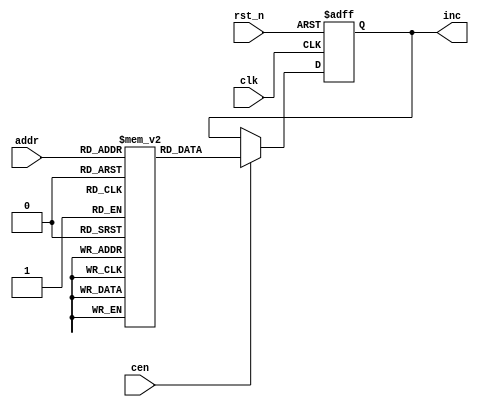
/* This file is part of JT12.


    JT12 program is free software: you can redistribute it and/or modify
    it under the terms of the GNU General Public License as published by
    the Free Software Foundation, either version 3 of the License, or
    (at your option) any later version.

    JT12 program is distributed in the hope that it will be useful,
    but WITHOUT ANY WARRANTY; without even the implied warranty of
    MERCHANTABILITY or FITNESS FOR A PARTICULAR PURPOSE.  See the
    GNU General Public License for more details.

    You should have received a copy of the GNU General Public License
    along with JT12.  If not, see <http://www.gnu.org/licenses/>.

    Author: Jose Tejada Gomez. Twitter: @topapate
    Version: 1.0
    Date: 21-03-2019
*/

// ADPCM-A uses a LUT because it is very sensitive to rounding
// it looks like the original algorithm also used a table

module jt10_adpcma_lut(
    input              clk,        // CPU clock
    input              rst_n,
    input              cen,
    input      [8:0]   addr,       //  = {step,delta};
    output reg [11:0]  inc
);

reg [11:0] lut[0:391];

initial begin
lut[9'o00_0] = 12'd0002; lut[9'o00_1] = 12'd0006; lut[9'o00_2] = 12'd0012; lut[9'o00_3] = 12'd0016;
lut[9'o00_4] = 12'd0022; lut[9'o00_5] = 12'd0026; lut[9'o00_6] = 12'd0032; lut[9'o00_7] = 12'd0036;
lut[9'o01_0] = 12'd0002; lut[9'o01_1] = 12'd0006; lut[9'o01_2] = 12'd0012; lut[9'o01_3] = 12'd0016;
lut[9'o01_4] = 12'd0023; lut[9'o01_5] = 12'd0027; lut[9'o01_6] = 12'd0033; lut[9'o01_7] = 12'd0037;
lut[9'o02_0] = 12'd0002; lut[9'o02_1] = 12'd0007; lut[9'o02_2] = 12'd0013; lut[9'o02_3] = 12'd0020;
lut[9'o02_4] = 12'd0025; lut[9'o02_5] = 12'd0032; lut[9'o02_6] = 12'd0036; lut[9'o02_7] = 12'd0043;
lut[9'o03_0] = 12'd0002; lut[9'o03_1] = 12'd0007; lut[9'o03_2] = 12'd0015; lut[9'o03_3] = 12'd0022;
lut[9'o03_4] = 12'd0027; lut[9'o03_5] = 12'd0034; lut[9'o03_6] = 12'd0042; lut[9'o03_7] = 12'd0047;
lut[9'o04_0] = 12'd0002; lut[9'o04_1] = 12'd0010; lut[9'o04_2] = 12'd0016; lut[9'o04_3] = 12'd0024;
lut[9'o04_4] = 12'd0031; lut[9'o04_5] = 12'd0037; lut[9'o04_6] = 12'd0045; lut[9'o04_7] = 12'd0053;
lut[9'o05_0] = 12'd0003; lut[9'o05_1] = 12'd0011; lut[9'o05_2] = 12'd0017; lut[9'o05_3] = 12'd0025;
lut[9'o05_4] = 12'd0034; lut[9'o05_5] = 12'd0042; lut[9'o05_6] = 12'd0050; lut[9'o05_7] = 12'd0056;
lut[9'o06_0] = 12'd0003; lut[9'o06_1] = 12'd0012; lut[9'o06_2] = 12'd0021; lut[9'o06_3] = 12'd0030;
lut[9'o06_4] = 12'd0037; lut[9'o06_5] = 12'd0046; lut[9'o06_6] = 12'd0055; lut[9'o06_7] = 12'd0064;
lut[9'o07_0] = 12'd0003; lut[9'o07_1] = 12'd0013; lut[9'o07_2] = 12'd0023; lut[9'o07_3] = 12'd0033;
lut[9'o07_4] = 12'd0042; lut[9'o07_5] = 12'd0052; lut[9'o07_6] = 12'd0062; lut[9'o07_7] = 12'd0072;
lut[9'o10_0] = 12'd0004; lut[9'o10_1] = 12'd0014; lut[9'o10_2] = 12'd0025; lut[9'o10_3] = 12'd0035;
lut[9'o10_4] = 12'd0046; lut[9'o10_5] = 12'd0056; lut[9'o10_6] = 12'd0067; lut[9'o10_7] = 12'd0077;
lut[9'o11_0] = 12'd0004; lut[9'o11_1] = 12'd0015; lut[9'o11_2] = 12'd0027; lut[9'o11_3] = 12'd0040;
lut[9'o11_4] = 12'd0051; lut[9'o11_5] = 12'd0062; lut[9'o11_6] = 12'd0074; lut[9'o11_7] = 12'd0105;
lut[9'o12_0] = 12'd0005; lut[9'o12_1] = 12'd0017; lut[9'o12_2] = 12'd0031; lut[9'o12_3] = 12'd0043;
lut[9'o12_4] = 12'd0056; lut[9'o12_5] = 12'd0070; lut[9'o12_6] = 12'd0102; lut[9'o12_7] = 12'd0114;
lut[9'o13_0] = 12'd0005; lut[9'o13_1] = 12'd0020; lut[9'o13_2] = 12'd0034; lut[9'o13_3] = 12'd0047;
lut[9'o13_4] = 12'd0062; lut[9'o13_5] = 12'd0075; lut[9'o13_6] = 12'd0111; lut[9'o13_7] = 12'd0124;
lut[9'o14_0] = 12'd0006; lut[9'o14_1] = 12'd0022; lut[9'o14_2] = 12'd0037; lut[9'o14_3] = 12'd0053;
lut[9'o14_4] = 12'd0070; lut[9'o14_5] = 12'd0104; lut[9'o14_6] = 12'd0121; lut[9'o14_7] = 12'd0135;
lut[9'o15_0] = 12'd0006; lut[9'o15_1] = 12'd0024; lut[9'o15_2] = 12'd0042; lut[9'o15_3] = 12'd0060;
lut[9'o15_4] = 12'd0075; lut[9'o15_5] = 12'd0113; lut[9'o15_6] = 12'd0131; lut[9'o15_7] = 12'd0147;
lut[9'o16_0] = 12'd0007; lut[9'o16_1] = 12'd0026; lut[9'o16_2] = 12'd0045; lut[9'o16_3] = 12'd0064;
lut[9'o16_4] = 12'd0103; lut[9'o16_5] = 12'd0122; lut[9'o16_6] = 12'd0141; lut[9'o16_7] = 12'd0160;
lut[9'o17_0] = 12'd0010; lut[9'o17_1] = 12'd0030; lut[9'o17_2] = 12'd0051; lut[9'o17_3] = 12'd0071;
lut[9'o17_4] = 12'd0112; lut[9'o17_5] = 12'd0132; lut[9'o17_6] = 12'd0153; lut[9'o17_7] = 12'd0173;
lut[9'o20_0] = 12'd0011; lut[9'o20_1] = 12'd0033; lut[9'o20_2] = 12'd0055; lut[9'o20_3] = 12'd0077;
lut[9'o20_4] = 12'd0122; lut[9'o20_5] = 12'd0144; lut[9'o20_6] = 12'd0166; lut[9'o20_7] = 12'd0210;
lut[9'o21_0] = 12'd0012; lut[9'o21_1] = 12'd0036; lut[9'o21_2] = 12'd0062; lut[9'o21_3] = 12'd0106;
lut[9'o21_4] = 12'd0132; lut[9'o21_5] = 12'd0156; lut[9'o21_6] = 12'd0202; lut[9'o21_7] = 12'd0226;
lut[9'o22_0] = 12'd0013; lut[9'o22_1] = 12'd0041; lut[9'o22_2] = 12'd0067; lut[9'o22_3] = 12'd0115;
lut[9'o22_4] = 12'd0143; lut[9'o22_5] = 12'd0171; lut[9'o22_6] = 12'd0217; lut[9'o22_7] = 12'd0245;
lut[9'o23_0] = 12'd0014; lut[9'o23_1] = 12'd0044; lut[9'o23_2] = 12'd0074; lut[9'o23_3] = 12'd0124;
lut[9'o23_4] = 12'd0155; lut[9'o23_5] = 12'd0205; lut[9'o23_6] = 12'd0235; lut[9'o23_7] = 12'd0265;
lut[9'o24_0] = 12'd0015; lut[9'o24_1] = 12'd0050; lut[9'o24_2] = 12'd0102; lut[9'o24_3] = 12'd0135;
lut[9'o24_4] = 12'd0170; lut[9'o24_5] = 12'd0223; lut[9'o24_6] = 12'd0255; lut[9'o24_7] = 12'd0310;
lut[9'o25_0] = 12'd0016; lut[9'o25_1] = 12'd0054; lut[9'o25_2] = 12'd0111; lut[9'o25_3] = 12'd0147;
lut[9'o25_4] = 12'd0204; lut[9'o25_5] = 12'd0242; lut[9'o25_6] = 12'd0277; lut[9'o25_7] = 12'd0335;
lut[9'o26_0] = 12'd0020; lut[9'o26_1] = 12'd0060; lut[9'o26_2] = 12'd0121; lut[9'o26_3] = 12'd0161;
lut[9'o26_4] = 12'd0222; lut[9'o26_5] = 12'd0262; lut[9'o26_6] = 12'd0323; lut[9'o26_7] = 12'd0363;
lut[9'o27_0] = 12'd0021; lut[9'o27_1] = 12'd0065; lut[9'o27_2] = 12'd0131; lut[9'o27_3] = 12'd0175;
lut[9'o27_4] = 12'd0240; lut[9'o27_5] = 12'd0304; lut[9'o27_6] = 12'd0350; lut[9'o27_7] = 12'd0414;
lut[9'o30_0] = 12'd0023; lut[9'o30_1] = 12'd0072; lut[9'o30_2] = 12'd0142; lut[9'o30_3] = 12'd0211;
lut[9'o30_4] = 12'd0260; lut[9'o30_5] = 12'd0327; lut[9'o30_6] = 12'd0377; lut[9'o30_7] = 12'd0446;
lut[9'o31_0] = 12'd0025; lut[9'o31_1] = 12'd0100; lut[9'o31_2] = 12'd0154; lut[9'o31_3] = 12'd0227;
lut[9'o31_4] = 12'd0302; lut[9'o31_5] = 12'd0355; lut[9'o31_6] = 12'd0431; lut[9'o31_7] = 12'd0504;
lut[9'o32_0] = 12'd0027; lut[9'o32_1] = 12'd0107; lut[9'o32_2] = 12'd0166; lut[9'o32_3] = 12'd0246;
lut[9'o32_4] = 12'd0325; lut[9'o32_5] = 12'd0405; lut[9'o32_6] = 12'd0464; lut[9'o32_7] = 12'd0544;
lut[9'o33_0] = 12'd0032; lut[9'o33_1] = 12'd0116; lut[9'o33_2] = 12'd0202; lut[9'o33_3] = 12'd0266;
lut[9'o33_4] = 12'd0353; lut[9'o33_5] = 12'd0437; lut[9'o33_6] = 12'd0523; lut[9'o33_7] = 12'd0607;
lut[9'o34_0] = 12'd0034; lut[9'o34_1] = 12'd0126; lut[9'o34_2] = 12'd0217; lut[9'o34_3] = 12'd0311;
lut[9'o34_4] = 12'd0402; lut[9'o34_5] = 12'd0474; lut[9'o34_6] = 12'd0565; lut[9'o34_7] = 12'd0657;
lut[9'o35_0] = 12'd0037; lut[9'o35_1] = 12'd0136; lut[9'o35_2] = 12'd0236; lut[9'o35_3] = 12'd0335;
lut[9'o35_4] = 12'd0434; lut[9'o35_5] = 12'd0533; lut[9'o35_6] = 12'd0633; lut[9'o35_7] = 12'd0732;
lut[9'o36_0] = 12'd0042; lut[9'o36_1] = 12'd0150; lut[9'o36_2] = 12'd0256; lut[9'o36_3] = 12'd0364;
lut[9'o36_4] = 12'd0471; lut[9'o36_5] = 12'd0577; lut[9'o36_6] = 12'd0705; lut[9'o36_7] = 12'd1013;
lut[9'o37_0] = 12'd0046; lut[9'o37_1] = 12'd0163; lut[9'o37_2] = 12'd0277; lut[9'o37_3] = 12'd0414;
lut[9'o37_4] = 12'd0531; lut[9'o37_5] = 12'd0646; lut[9'o37_6] = 12'd0762; lut[9'o37_7] = 12'd1077;
lut[9'o40_0] = 12'd0052; lut[9'o40_1] = 12'd0176; lut[9'o40_2] = 12'd0322; lut[9'o40_3] = 12'd0446;
lut[9'o40_4] = 12'd0573; lut[9'o40_5] = 12'd0717; lut[9'o40_6] = 12'd1043; lut[9'o40_7] = 12'd1167;
lut[9'o41_0] = 12'd0056; lut[9'o41_1] = 12'd0213; lut[9'o41_2] = 12'd0347; lut[9'o41_3] = 12'd0504;
lut[9'o41_4] = 12'd0641; lut[9'o41_5] = 12'd0776; lut[9'o41_6] = 12'd1132; lut[9'o41_7] = 12'd1267;
lut[9'o42_0] = 12'd0063; lut[9'o42_1] = 12'd0231; lut[9'o42_2] = 12'd0377; lut[9'o42_3] = 12'd0545;
lut[9'o42_4] = 12'd0713; lut[9'o42_5] = 12'd1061; lut[9'o42_6] = 12'd1227; lut[9'o42_7] = 12'd1375;
lut[9'o43_0] = 12'd0070; lut[9'o43_1] = 12'd0250; lut[9'o43_2] = 12'd0430; lut[9'o43_3] = 12'd0610;
lut[9'o43_4] = 12'd0771; lut[9'o43_5] = 12'd1151; lut[9'o43_6] = 12'd1331; lut[9'o43_7] = 12'd1511;
lut[9'o44_0] = 12'd0075; lut[9'o44_1] = 12'd0271; lut[9'o44_2] = 12'd0464; lut[9'o44_3] = 12'd0660;
lut[9'o44_4] = 12'd1053; lut[9'o44_5] = 12'd1247; lut[9'o44_6] = 12'd1442; lut[9'o44_7] = 12'd1636;
lut[9'o45_0] = 12'd0104; lut[9'o45_1] = 12'd0314; lut[9'o45_2] = 12'd0524; lut[9'o45_3] = 12'd0734;
lut[9'o45_4] = 12'd1144; lut[9'o45_5] = 12'd1354; lut[9'o45_6] = 12'd1564; lut[9'o45_7] = 12'd1774;
lut[9'o46_0] = 12'd0112; lut[9'o46_1] = 12'd0340; lut[9'o46_2] = 12'd0565; lut[9'o46_3] = 12'd1013;
lut[9'o46_4] = 12'd1240; lut[9'o46_5] = 12'd1466; lut[9'o46_6] = 12'd1713; lut[9'o46_7] = 12'd2141;
lut[9'o47_0] = 12'd0122; lut[9'o47_1] = 12'd0366; lut[9'o47_2] = 12'd0633; lut[9'o47_3] = 12'd1077;
lut[9'o47_4] = 12'd1344; lut[9'o47_5] = 12'd1610; lut[9'o47_6] = 12'd2055; lut[9'o47_7] = 12'd2321;
lut[9'o50_0] = 12'd0132; lut[9'o50_1] = 12'd0417; lut[9'o50_2] = 12'd0704; lut[9'o50_3] = 12'd1171;
lut[9'o50_4] = 12'd1456; lut[9'o50_5] = 12'd1743; lut[9'o50_6] = 12'd2230; lut[9'o50_7] = 12'd2515;
lut[9'o51_0] = 12'd0143; lut[9'o51_1] = 12'd0452; lut[9'o51_2] = 12'd0761; lut[9'o51_3] = 12'd1270;
lut[9'o51_4] = 12'd1577; lut[9'o51_5] = 12'd2106; lut[9'o51_6] = 12'd2415; lut[9'o51_7] = 12'd2724;
lut[9'o52_0] = 12'd0155; lut[9'o52_1] = 12'd0510; lut[9'o52_2] = 12'd1043; lut[9'o52_3] = 12'd1376;
lut[9'o52_4] = 12'd1731; lut[9'o52_5] = 12'd2264; lut[9'o52_6] = 12'd2617; lut[9'o52_7] = 12'd3152;
lut[9'o53_0] = 12'd0170; lut[9'o53_1] = 12'd0551; lut[9'o53_2] = 12'd1131; lut[9'o53_3] = 12'd1512;
lut[9'o53_4] = 12'd2073; lut[9'o53_5] = 12'd2454; lut[9'o53_6] = 12'd3034; lut[9'o53_7] = 12'd3415;
lut[9'o54_0] = 12'd0204; lut[9'o54_1] = 12'd0615; lut[9'o54_2] = 12'd1226; lut[9'o54_3] = 12'd1637;
lut[9'o54_4] = 12'd2250; lut[9'o54_5] = 12'd2661; lut[9'o54_6] = 12'd3272; lut[9'o54_7] = 12'd3703;
lut[9'o55_0] = 12'd0221; lut[9'o55_1] = 12'd0665; lut[9'o55_2] = 12'd1330; lut[9'o55_3] = 12'd1774;
lut[9'o55_4] = 12'd2437; lut[9'o55_5] = 12'd3103; lut[9'o55_6] = 12'd3546; lut[9'o55_7] = 12'd3777;
lut[9'o56_0] = 12'd0240; lut[9'o56_1] = 12'd0740; lut[9'o56_2] = 12'd1441; lut[9'o56_3] = 12'd2141;
lut[9'o56_4] = 12'd2642; lut[9'o56_5] = 12'd3342; lut[9'o56_6] = 12'd3777; lut[9'o56_7] = 12'd3777;
lut[9'o57_0] = 12'd0260; lut[9'o57_1] = 12'd1021; lut[9'o57_2] = 12'd1561; lut[9'o57_3] = 12'd2322;
lut[9'o57_4] = 12'd3063; lut[9'o57_5] = 12'd3624; lut[9'o57_6] = 12'd3777; lut[9'o57_7] = 12'd3777;
lut[9'o60_0] = 12'd0302; lut[9'o60_1] = 12'd1106; lut[9'o60_2] = 12'd1712; lut[9'o60_3] = 12'd2516;
lut[9'o60_4] = 12'd3322; lut[9'o60_5] = 12'd3777; lut[9'o60_6] = 12'd3777; lut[9'o60_7] = 12'd3777;
end

always @(posedge clk or negedge rst_n)
    if(!rst_n)
        inc <= 'd0;
    else if(cen)
        inc <= lut[addr];

endmodule // jt10_adpcma_lut